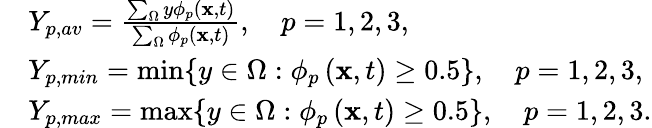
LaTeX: \begin{array}{rl}&{Y_{p,av}=\frac{\sum_{\Omega}y\phi_{p}\left(\mathbf{x},t\right)}{\sum_{\Omega}\phi_{p}\left(\mathbf{x},t\right)},\quad p=1,2,3,}\\ &{Y_{p,min}=\operatorname*{min}\{ y\in\Omega:\phi_{p}\left(\mathbf{x},t\right)\geq 0.5\} ,\quad p=1,2,3,}\\ &{Y_{p,max}=\operatorname*{max}\{ y\in\Omega:\phi_{p}\left(\mathbf{x},t\right)\geq 0.5\} ,\quad p=1,2,3.}\end{array}